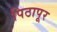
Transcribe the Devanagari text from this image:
पिठापूर